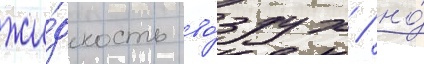
жи́дкость во́здух / но́